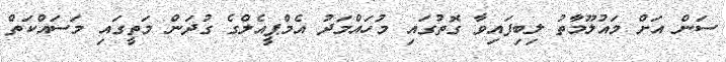
ސަން އަށް މައުލޫމާތު ލިބިފައިވާ ގޮތުގައި މުހައްމަދު އެމްޕީއެލްގެ ގުދަން މަތީގައި މަސައްކަތް